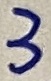
Text: 3